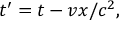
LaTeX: t ^ { \prime } = t - v x / c ^ { 2 } ,